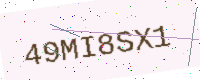
Text: 49MI8SX1